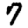
Digit: 7